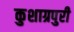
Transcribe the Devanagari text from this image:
कुशाग्रपुरी